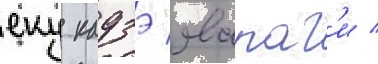
еку кадзэ явараг'и /